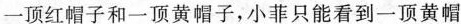
一顶红帽子和一顶黄帽子，小菲只能看到一顶黄帽